Scottish Leaving Certificate Examination, 1953
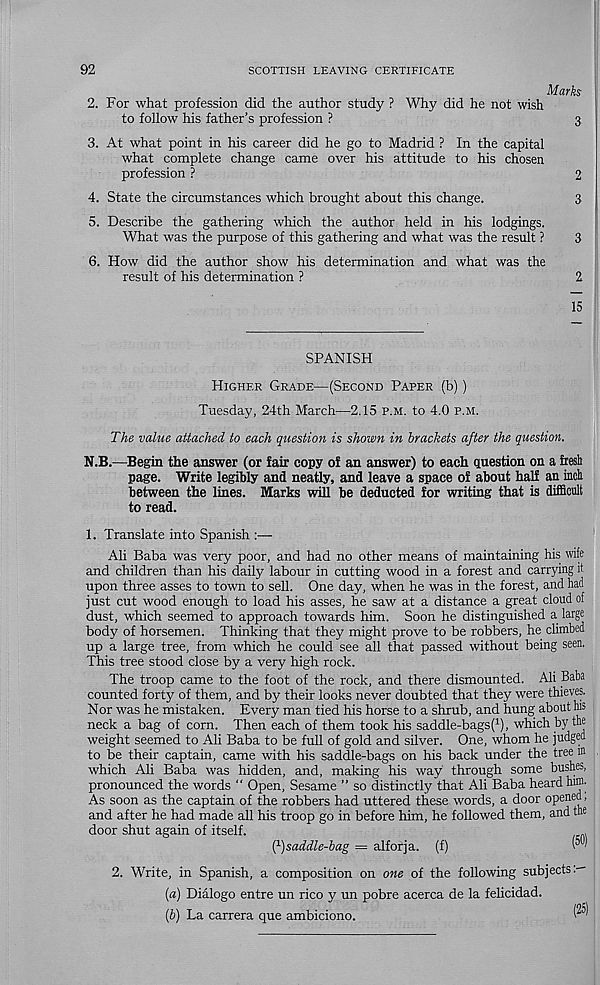
92
SCOTTISH LEAVING CERTIFICATE
Marks
2. For what profession did the author study ? Why did he not wish
to follow his father’s profession ?
3
3. At what point in his career did he go to Madrid ? In the capital
what complete change came over his attitude to his chosen
profession ?
2
4. State the circumstances which brought about this change.
3
5. Describe the gathering which the author held in his lodgings.
What was the purpose of this gathering and what was the result ?
3
6. How did the author show his determination and what was the
result of his determination ?
2
15
SPANISH
Higher Grade—(Second Paper (b))
Tuesday, 24th March—2.15 p.m. to 4.0 p.m.
The value attached to each question is shown in brackets after the question.
N.B.—Begin the answer (or fair copy of an answer) to each question on a fresh
page. Write legibly and neatly, and leave a space of about half an inch
between the lines. Marks will be deducted for writing that is difficult
to read.
1. Translate into Spanish
Ali Baba was very poor, and had no other means of maintaining his wife
and children than his daily labour in cutting wood in a forest and carrying it
upon three asses to town to sell. One day, when he was in the forest, and had
just cut wood enough to load his asses, he saw at a distance a great cloud of
dust, which seemed to approach towards him. Soon he distinguished a large
body of horsemen. Thinking that they might prove to be robbers, he climbed
up a large tree, from which he could see all that passed without being seen.
This tree stood close by a very high rock.
The troop came to the foot of the rock, and there dismounted. Ali Baba
counted forty of them, and by their looks never doubted that they were thieves.
Nor was he mistaken. Every man tied his horse to a shrub, and hung about his
neck a bag of corn. Then each of them took his saddle-bags^), which by the
weight seemed to Ali Baba to be full of gold and silver. One, whom he judged
to be their captain, came with his saddle-bags on his back under the tree in
which Ali Baba was hidden, and, making his way through some bushes,
pronounced the words “ Open, Sesame ” so distinctly that Ali Baba heard him.
As soon as the captain of the robbers had uttered these words, a door opened,
and after he had made all his troop go in before him, he followed them, and the
door shut again of itself.
(f)saddle-bag = alforja. (f)
™
2. Write, in Spanish, a composition on one of the following subjects.--
(a) Dialogo entre un rico y un pobre acerca de la felicidad.
(b) La carrera que ambiciono.
^